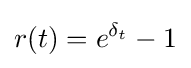
r(t)=e^{\delta _{t}}-1